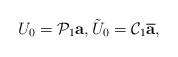
LaTeX: \begin{align*}U_0=\mathcal P_1\mbox{\bf a},\tilde U_0=\mathcal C_1\overline{\mbox{\bf a}},\end{align*}